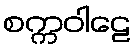
စက္ကဝါဠေ